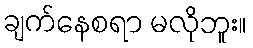
ချက်နေစရာ မလိုဘူး။